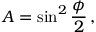
A = \sin ^ { 2 } { \frac { \phi } { 2 } } \, ,